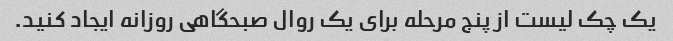
یک چک لیست از پنج مرحله برای یک روال صبحگاهی روزانه ایجاد کنید.